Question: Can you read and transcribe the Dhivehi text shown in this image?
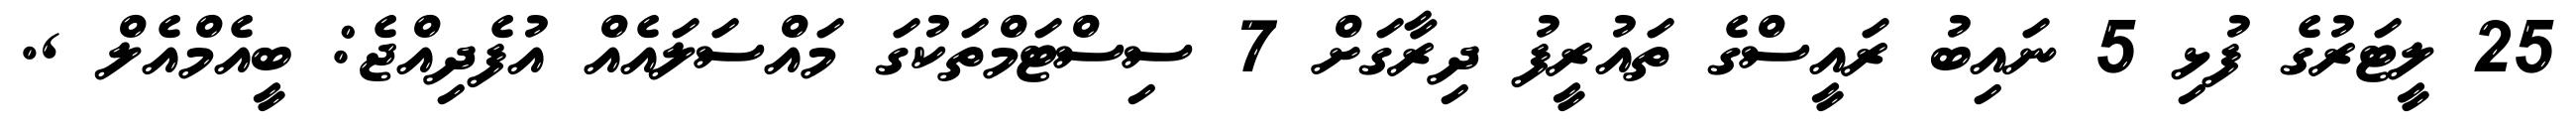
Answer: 25 ލީޓަރުގެ ފުޅި 5 ނައިބު ރައީސްގެ ތައުރީފު ދިރާގަށް 7 ސިސްޓަމްތަކުގަ މައްސަލައެއް އުފެދިއްޖެ: ބީއެމްއެލް ,.